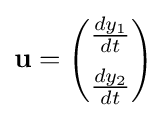
\mathbf {u} ={\begin{pmatrix}{\frac {dy_{1}}{dt}}\\[2mm]{\frac {dy_{2}}{dt}}\end{pmatrix}}